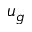
u _ { g }